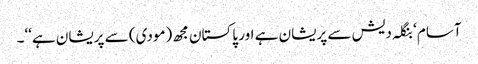
آسام ‘ بنگلہ دیش سے پریشان ہے اور پاکستان مجھ (مودی) سے پریشان ہے‘‘۔